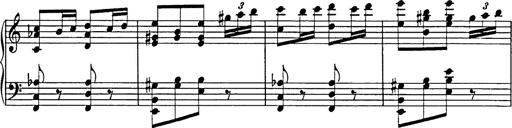
Title: Galop in A minor
Composer: Franz Liszt
Key: A minor